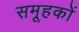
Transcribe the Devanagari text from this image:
समूहकों